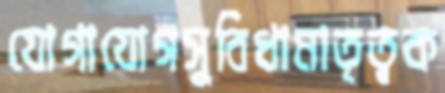
যোগাযোগসুবিধামাতৃত্বক